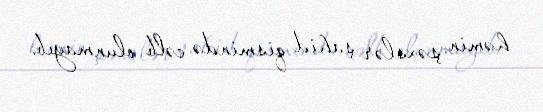
həmin şəxslər şahid qismində cəlb olunmayıb.